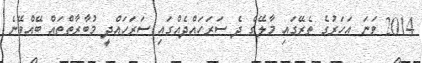
2014 ވަނަ އަހަރުގެ ތެރޭގައި މާލޭގެ ދެ ސަރަހައްދެއްގައި ސަރަހައްދީ މުބާރާތްތައް ބޭއްވޭނެ